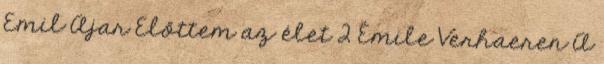
Emil Ajar Előttem az élet 2 Émile Verhaeren A